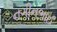
નગીનભાઈ